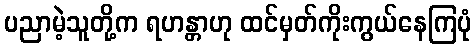
ပညာမဲ့သူတို့က ရဟန္တာဟု ထင်မှတ်ကိုးကွယ်နေကြပုံ